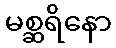
မစ္ဆရိနော